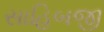
સાહિબજી